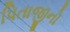
પિતાજીનો